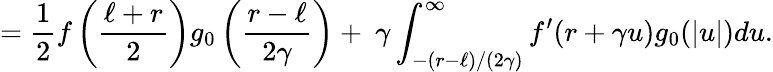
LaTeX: =\frac{1}{2}f\left(\frac{\ell+r}{2}\right)g_{0}\left(\frac{r-\ell}{2\gamma}\right)+~\gamma\int_{-(r-\ell)/(2\gamma)}^{\infty}f^{\prime}(r+\gamma u)g_{0}(|u|)du.